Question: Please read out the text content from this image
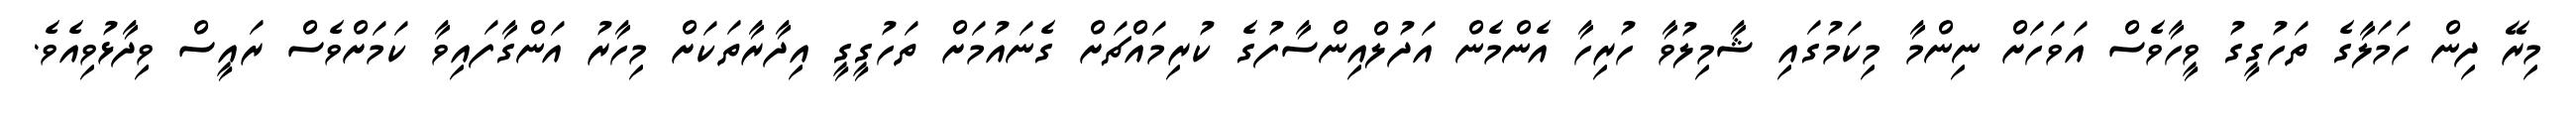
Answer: މިރޭ ދިން ހަމަލާގެ ތަހުގީގު ވީހާވެސް އަވަހަށް ނިންމާ މިކަމުގައި ޝާމިލުވާ ހުރިހާ އެންމެން އަދުލްއިންސާފުގެ ކުރިމައްޗަށް ގެނައުމަށް ތަހުގީގީ އިދާރާތަކަށް މިހާރު އަންގާފައިވާ ކަމަށްވެސް ރައީސް ވިދާޅުވިއެވެ.